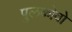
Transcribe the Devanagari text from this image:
पुलकोवो